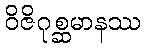
ဝိဇိဂုစ္ဆမာနဿ